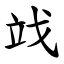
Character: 䇅